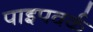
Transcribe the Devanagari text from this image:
पाइपवर्क